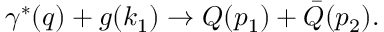
\gamma ^ { \ast } ( q ) + g ( k _ { 1 } ) \rightarrow Q ( p _ { 1 } ) + \bar { Q } ( p _ { 2 } ) .